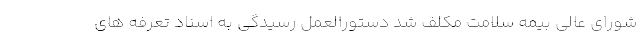
شورای عالی بیمه سلامت مکلف شد دستورالعمل رسیدگی به اسناد تعرفه های